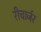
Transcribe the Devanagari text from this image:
रीचार्जर